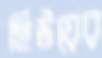
হিউয়ের